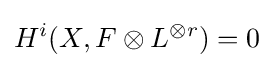
H^{i}(X,F\otimes L^{\otimes r})=0